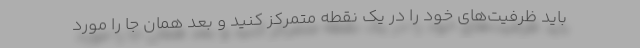
باید ظرفیت‌های خود را در یک نقطه متمرکز کنید و بعد همان جا را مورد